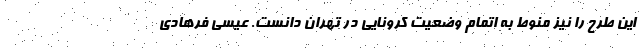
این طرح را نیز منوط به اتمام وضعیت کرونایی در تهران دانست. عیسی فرهادی